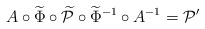
\begin{align*}A \circ \widetilde\Phi \circ \widetilde{\mathcal{P}} \circ \widetilde \Phi^{-1} \circ A^{-1}= \mathcal{P}' \end{align*}